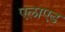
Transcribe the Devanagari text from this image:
एलाएड